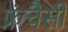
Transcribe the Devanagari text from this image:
फ्रंचैसी